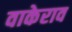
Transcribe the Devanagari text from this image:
वाकेराव